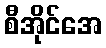
စီအိုင်အေ